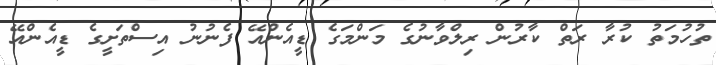
ތުހުމަތު ކުރާ ރަތް ކާރުން ރިލްވާނުގެ މަންމަގެ ޑީއެންއޭ ފެނުނު އިސްތަށީގެ ޑީއެންއޭ